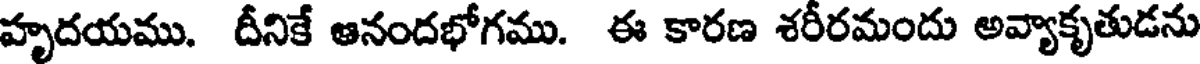
హృదయము. దీనికే ఆనందభోగము. ఈ కారణ శరీరమందు అవ్యాకృతుడను